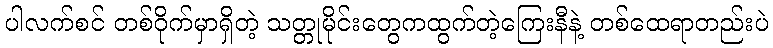
ပါလက်စင် တစ်ဝိုက်မှာရှိတဲ့ သတ္တုမိုင်းတွေကထွက်တဲ့ကြေးနီနဲ့ တစ်ထေရာတည်းပဲ